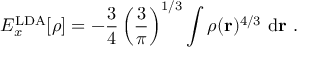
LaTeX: E _ { x } ^ { \mathrm { L D A } } [ \rho ] = - { \frac { 3 } { 4 } } \left( { \frac { 3 } { \pi } } \right) ^ { 1 / 3 } \int \rho ( \mathbf { r } ) ^ { 4 / 3 } \ \mathrm { d } \mathbf { r } \ .